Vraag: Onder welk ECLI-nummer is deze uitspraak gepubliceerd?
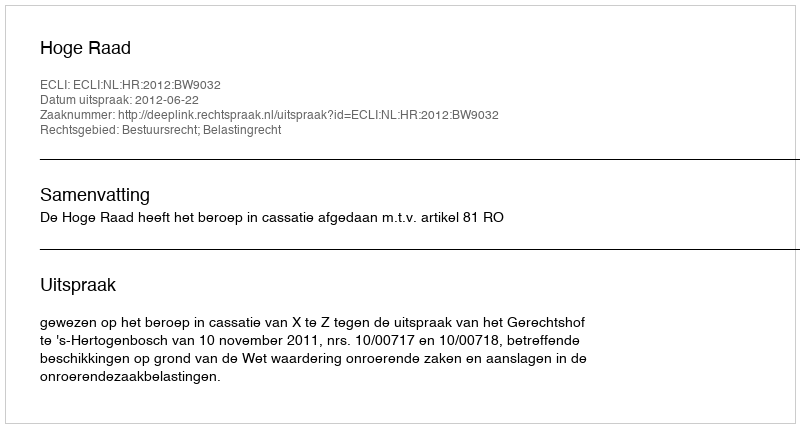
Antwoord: ECLI:NL:HR:2012:BW9032